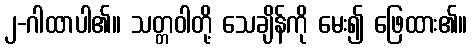
၂-ဂါထာပါ၏။ သတ္တဝါတို့ သေချိန်ကို မေး၍ ဖြေထား၏။